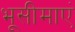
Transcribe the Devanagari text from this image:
भूसीमाएं